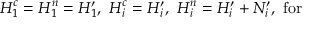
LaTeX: H _ { 1 } ^ { c } = H _ { 1 } ^ { n } = H _ { 1 } ^ { \prime } , \, \, H _ { i } ^ { c } = H _ { i } ^ { \prime } , \, \, H _ { i } ^ { n } = H _ { i } ^ { \prime } + N _ { i } ^ { \prime } , \, \, \mathrm { f o r ~ \quad ~ }